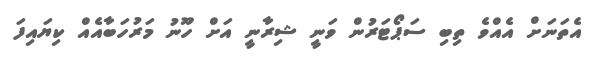
އެތަނަށް އެއްވެ ތިބި ސަޕޯޓަރުން ވަނީ ޝިރާނީ އަށް ހޫނު މަރުހަބާއެއް ކިޔައިފަ